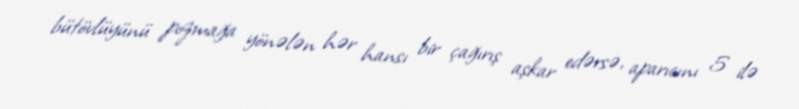
bütövlüyünü pozmağa yönələn hər hansı bir çağırış aşkar edərsə, aparıcını 5 ilə